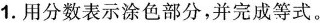
1.用分数表示涂色部分，并完成等式。